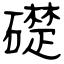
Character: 礎